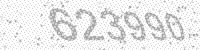
Solution: 623990